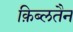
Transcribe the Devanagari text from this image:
क़िब्लतैन